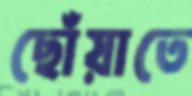
ছোঁয়াতে